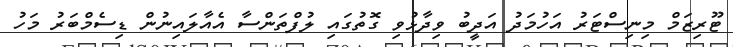
ޓޫރިޒަމް މިނިސްޓަރު އަހުމަދު އަދީބު ވިދާޅުވި ގޮތުގައި ލުފްތަންސާ އެއާލައިނުން ޑިސެމްބަރު މަހު